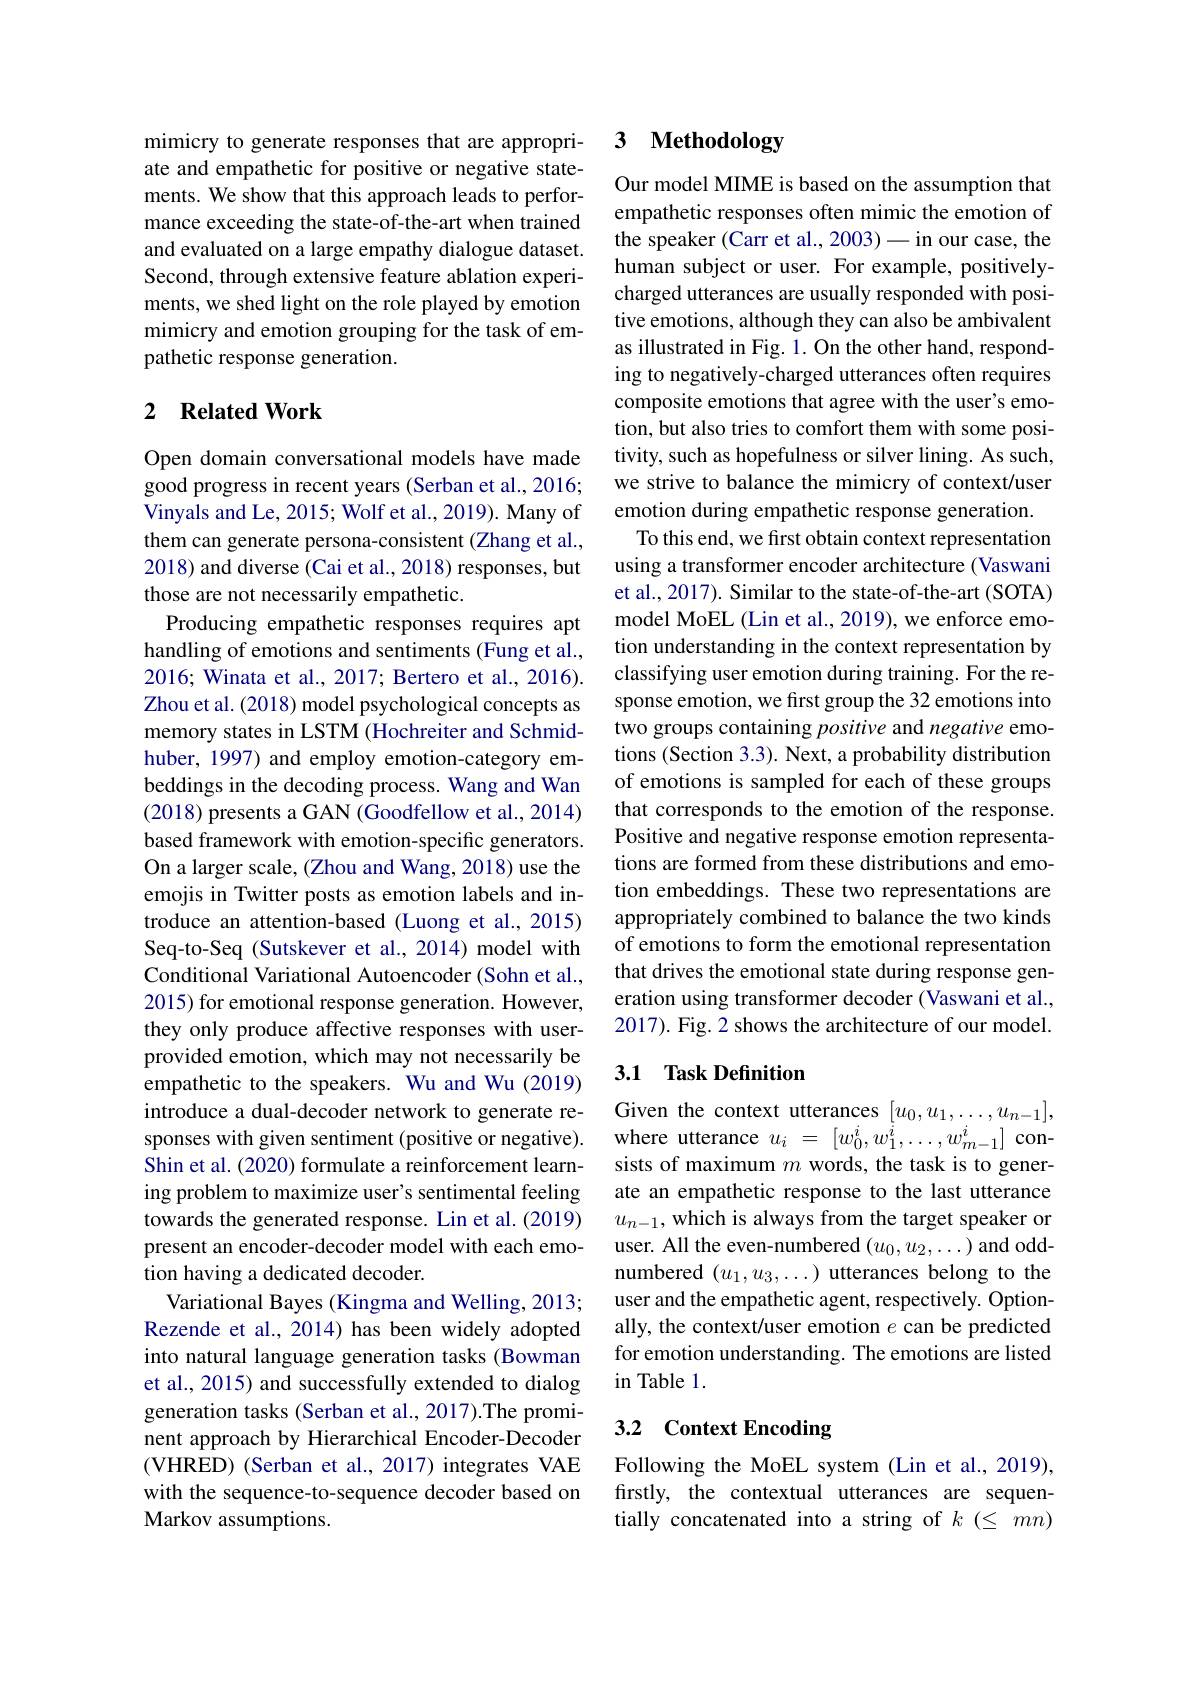
mimicry to generate responses that are appropriate and empathetic for positive or negative statements. We show that this approach leads to performance exceeding the state-of-the-art when trained and evaluated on a large empathy dialogue dataset. Second, through extensive feature ablation experiments, we shed light on the role played by emotion mimicry and emotion grouping for the task of empathetic response generation.

### 2 $\textbf{Related Work}$

Open domain conversational models have made good progress in recent years (Serban et al., 2016; Vinyals and Le, 2015; Wolf et al., 2019). Many of them can generate persona-consistent (Zhang et al., 2018) and diverse (Cai et al., 2018) responses, but those are not necessarily empathetic.
Producing empathetic responses requires apt handling of emotions and sentiments (Fung et al., 2016; Winata et al., 2017; Bertero et al., 2016). Zhou et al. (2018) model psychological concepts as memory states in LSTM (Hochreiter and Schmidhuber, 1997) and employ emotion-category embeddings in the decoding process. Wang and Wan (2018) presents a GAN (Goodfellow et al., 2014) based framework with emotion-specific generators. On a larger scale, (Zhou and Wang, 2018) use the emojis in Twitter posts as emotion labels and introduce an attention-based (Luong et al.,2015) Seq-to-Seq (Sutskever et al., 2014) model with Conditional Variational Autoencoder (Sohn et al., 2015) for emotional response generation. However, they only produce affective responses with userprovided emotion, which may not necessarily be empathetic to the speakers. Wu and Wu (2019) introduce a dual-decoder network to generate responses with given sentiment (positive or negative). Shin et al. (2020) formulate a reinforcement learning problem to maximize user's sentimental feeling towards the generated response. Lin et al. (2019) present an encoder-decoder model with each emotion having a dedicated decoder.
Variational Bayes (Kingma and Welling, 2013; Rezende et al., 2014) has been widely adopted into natural language generation tasks (Bowman et al., 2015) and successfully extended to dialog generation tasks (Serban et al., 2017).The prominent approach by Hierarchical Encoder-Decoder (VHRED) (Serban et al., 2017) integrates VAE with the sequence-to-sequence decoder based on Markov assumptions.

## 3 Methodology

Our model MIME is based on the assumption that empathetic responses often mimic the emotion of the speaker (Carr et al., 2003)-in our case, the human subject or user. For example, positivelycharged utterances are usually responded with positive emotions, although they can also be ambivalent as illustrated in Fig. 1. On the other hand, responding to negatively-charged utterances often requires composite emotions that agree with the user's emotion, but also tries to comfort them with some positivity, such as hopefulness or silver lining. As such, we strive to balance the mimicry of context/user emotion during empathetic response generation. To this end, we first obtain context representation using a transformer encoder architecture (Vaswani et al., 2017). Similar to the state-of-the-art (SOTA) model MoEL (Lin et al., 2019), we enforce emotion understanding in the context representation by classifying user emotion during training. For the response emotion, we first group the 32 emotions into two groups containing positive and negative emotions (Section 3.3). Next, a probability distribution of emotions is sampled for each of these groups that corresponds to the emotion of the response. Positive and negative response emotion representations are formed from these distributions and emotion embeddings. These two representations are appropriately combined to balance the two kinds of emotions to form the emotional representation that drives the emotional state during response generation using transformer decoder (Vaswani et al., 2017). Fig. 2 shows the architecture of our model.

## 3.1 Task Definition

Given the context utterances $[u_0,u_1,\ldots,u_{n-1}]$, where utterance $u_i~=~[w_0^i,w_1^i,\ldots,w_{m-1}^i]~$consists of maximum $m$ words, the task is to generate an empathetic response to the last utterance $u_{n-1}$, which is always from the target speaker or user. All the even-numbered $(u_0,u_2,\ldots)$ and oddnumbered $(u_1,u_3,\ldots)$ utterances belong to the user and the empathetic agent, respectively. Optionally, the context/user emotion $e$ can be predicted for emotion understanding. The emotions are listed in Table 1.

## 3.2 Context Encoding

Following the MoEL system (Lin et al., 2019), firstly, the contextual utterances are sequentially concatenated into a string of $k(\leq mn)$